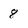
Character: 8